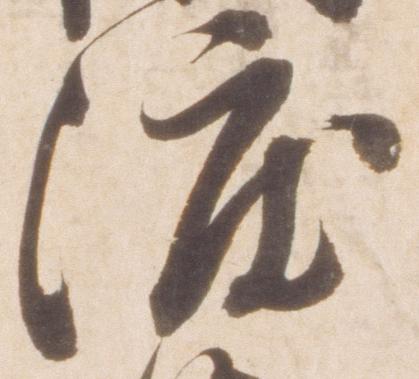
渡